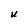
Character: U